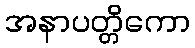
အနာပတ္တိကော